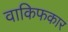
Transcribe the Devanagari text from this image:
वाकिफकार